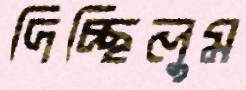
দিচ্ছিলুম